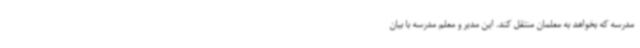
مدرسه که بخواهد به معلمان منتقل کند. این مدیر و معلم مدرسه با بیان